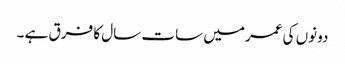
دونوں کی عمرمیں سات سال کا فرق ہے ۔